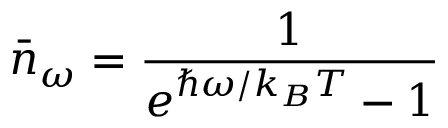
\bar { n } _ { \omega } = \frac { 1 } { e ^ { \hbar \omega / k _ { B } T } - 1 }